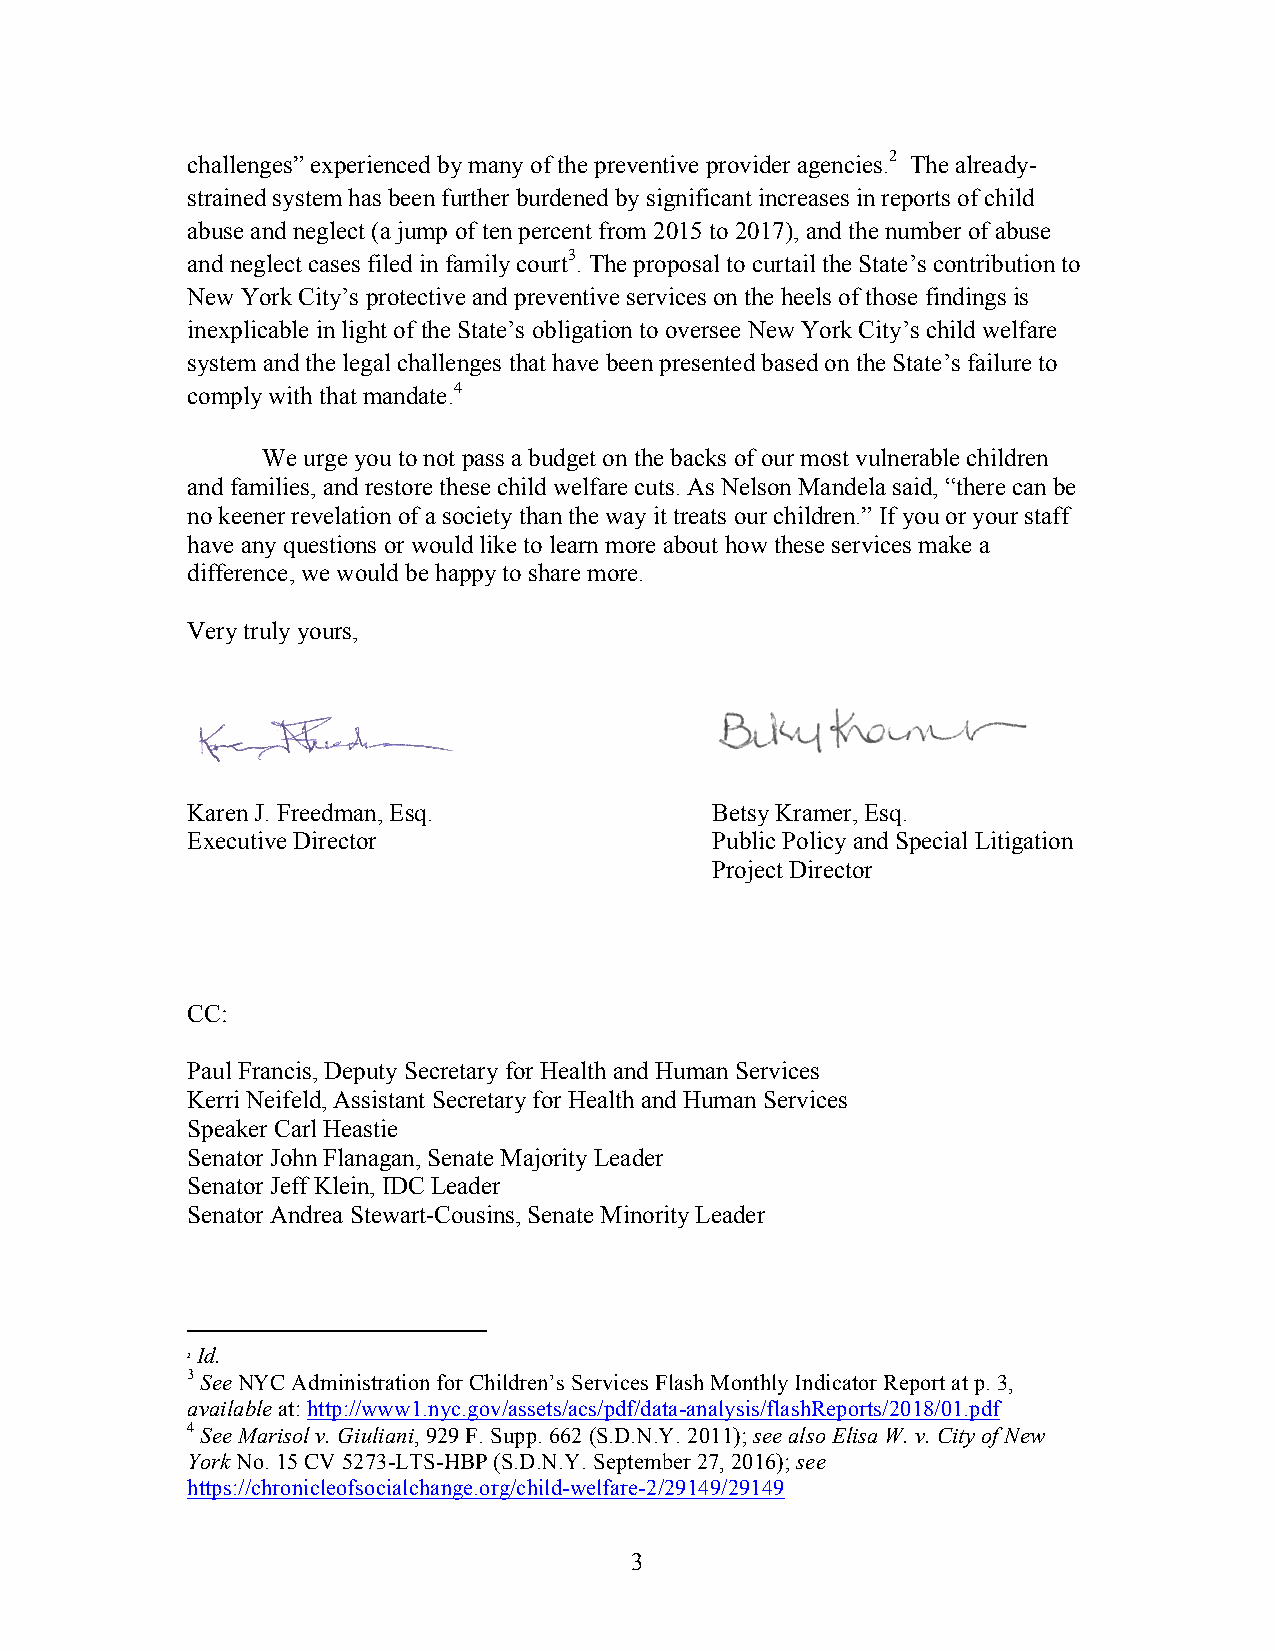
challenges” experienced by many of the preventive provider agencies.2 The already-
 strained system has been further burdened by significant increases in reports of child
 abuse and neglect (a jump of ten percent from 2015 to 2017), and the number of abuse
 and neglect cases filed in family court3. The proposal to curtail the State’s contribution to
 New York City’s protective and preventive services on the heels of those findings is
 inexplicable in light of the State’s obligation to oversee New York City’s child welfare
 system and the legal challenges that have been presented based on the State’s failure to
 comply with that mandate.4
 We urge you to not pass a budget on the backs of our most vulnerable children
 and families, and restore these child welfare cuts. As Nelson Mandela said, “there can be
 no keener revelation of a society than the way it treats our children.” If you or your staff
 have any questions or would like to learn more about how these services make a
 difference, we would be happy to share more.
 Very truly yours,
 Karen J. Freedman, Esq.            Betsy Kramer, Esq.
 Executive Director                 Public Policy and Special Litigation
 Project Director
 CC:
 Paul Francis, Deputy Secretary for Health and Human Services
 Kerri Neifeld, Assistant Secretary for Health and Human Services
 Speaker Carl Heastie
 Senator John Flanagan, Senate Majority Leader
 Senator Jeff Klein, IDC Leader
 Senator Andrea Stewart-Cousins, Senate Minority Leader
 Id.
 2
 3 See NYC Administration for Children’s Services Flash Monthly Indicator Report at p. 3,
 available at: http://www1.nyc.gov/assets/acs/pdf/data-analysis/flashReports/2018/01.pdf
 4 See Marisol v. Giuliani, 929 F. Supp. 662 (S.D.N.Y. 2011); see also Elisa W. v. City of New
 York No. 15 CV 5273-LTS-HBP (S.D.N.Y. September 27, 2016); see
 https://chronicleofsocialchange.org/child-welfare-2/29149/29149
 3